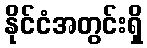
နိုင်ငံအတွင်းရှိ